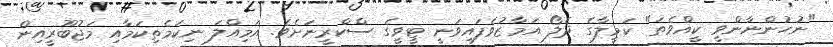
"ނުހުންނާންވީ ކީއްވެތަ" ކަމީލާގެ ދެލޯ އަމާޒުވެފައިވަނީ ޓީވީގެ ސްކްރީނަށެވެ. އަމިއްލަ ނިކަމެތިކަމާއި މަޖުބޫރީއިން